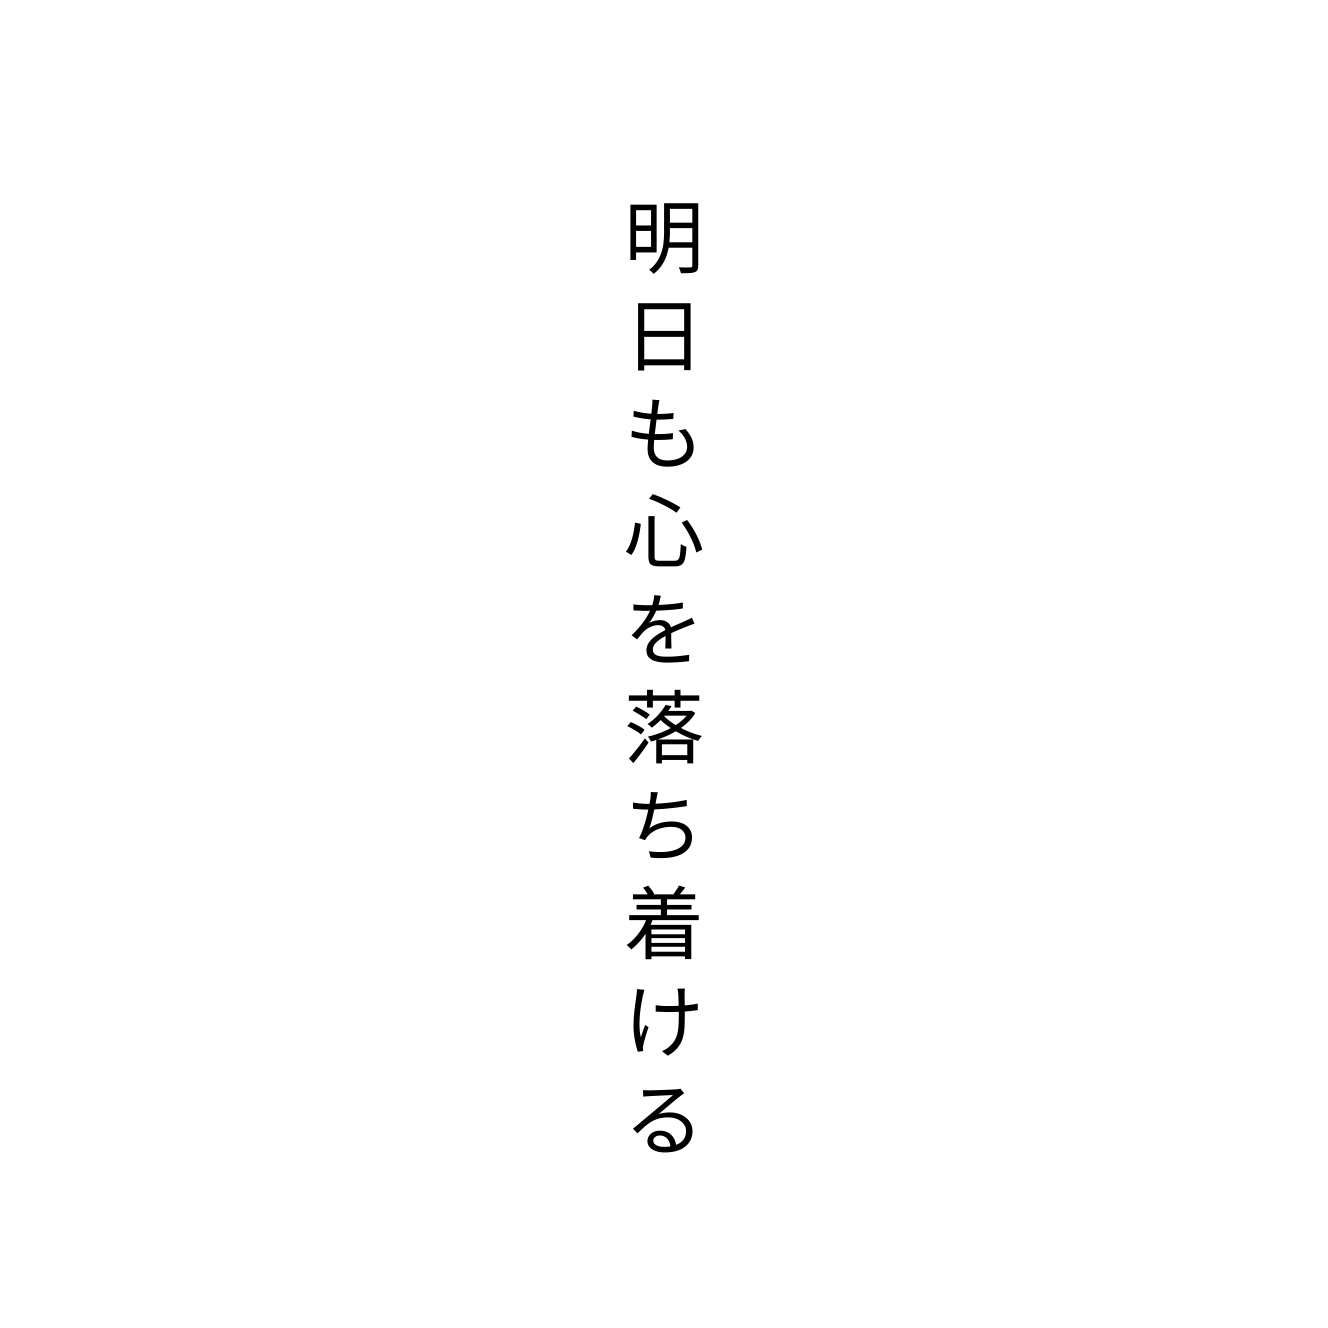
明日も心を落ち着ける